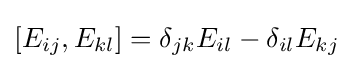
[E_{ij},E_{kl}]=\delta _{jk}E_{il}-\delta _{il}E_{kj}